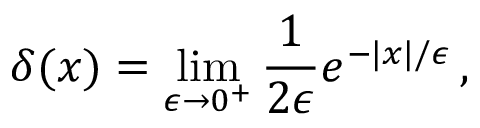
\delta ( x ) = \operatorname * { l i m } _ { \epsilon \rightarrow 0 ^ { + } } { \frac { 1 } { 2 \epsilon } } e ^ { - | x | / \epsilon } \, ,